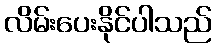
လိမ်းပေးနိုင်ပါသည်